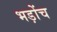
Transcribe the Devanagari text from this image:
भड़ोंच